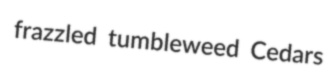
frazzled tumbleweed Cedars